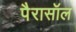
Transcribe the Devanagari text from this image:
पैरासॉल